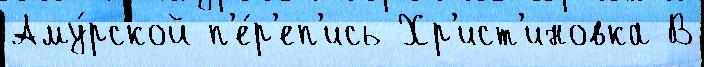
Аму́рской п'е́р'еп'ись Хр'ист'иновка В